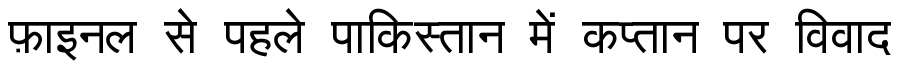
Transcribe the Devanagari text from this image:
फ़ाइनल से पहले पाकिस्तान में कप्तान पर विवाद